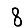
Digit: 8